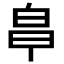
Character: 𭽒